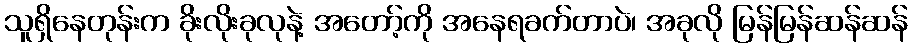
သူရှိနေတုန်းက ခိုးလိုးခုလုနဲ့ အတော့်ကို အနေရခက်တာပဲ၊ အခုလို မြန်မြန်ဆန်ဆန်